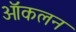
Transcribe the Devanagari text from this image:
ऑकलन